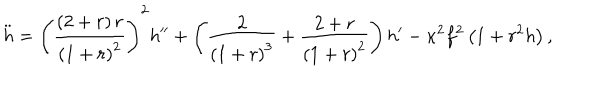
\ddot { h } = \left( \frac { \left( 2 + r \right) r } { \left( 1 + r \right) ^ { 2 } } \right) ^ { 2 } h ^ { \prime \prime } + \left( \frac { 2 } { \left( 1 + r \right) ^ { 3 } } + \frac { 2 + r } { \left( 1 + r \right) ^ { 2 } } \right) h ^ { \prime } - \kappa ^ { 2 } f ^ { 2 } \left( 1 + r ^ { 2 } h \right) ,